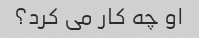
او چه کار می کرد؟